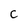
Character: c